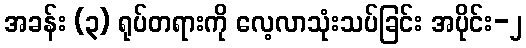
အခန်း (၃) ရုပ်တရားကို လေ့လာသုံးသပ်ခြင်း အပိုင်း-၂